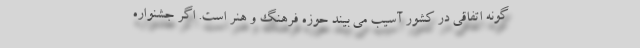
گونه اتفاقی در کشور آسیب می بیند حوزه فرهنگ و هنر است. اگر جشنواره